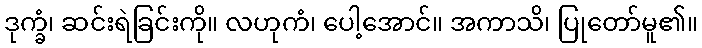
ဒုက္ခံ၊ ဆင်းရဲခြင်းကို။ လဟုကံ၊ ပေါ့အောင်။ အကာသိ၊ ပြုတော်မူ၏။